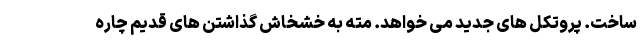
ساخت. پروتکل های جدید می خواهد. مته به خشخاش گذاشتن های قدیم چاره